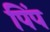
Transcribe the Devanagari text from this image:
पिंप